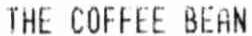
THE COFFEE BEAN